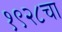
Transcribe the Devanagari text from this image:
१९२८चा